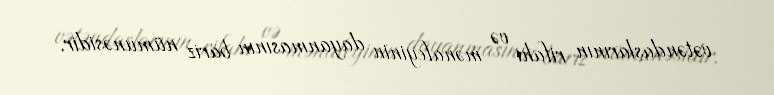
vətəndaşlarının rifahı və mənafeyinin dayanmasının bariz nümunəsidir.